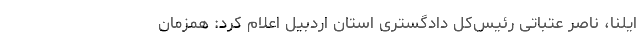
ایلنا، ناصر عتباتی رئیس‌کل دادگستری استان اردبیل اعلام کرد: همزمان